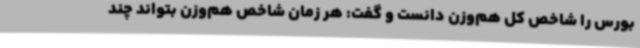
بورس را شاخص کل هم‌وزن دانست و گفت: هر زمان شاخص هم‌وزن بتواند چند